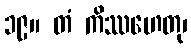
၁၉။ တံ ကိဿဟေတု၊